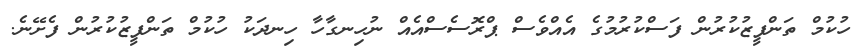
ހުކުމް ތަންފީޒުކުރުން ފަސްކުރުމުގެ އެއްވެސް ޕްރޮސެސްއެއް ނުހިނގާހާ ހިނދަކު ހުކުމް ތަންފީޒުކުރުން ފެށޭނެ.